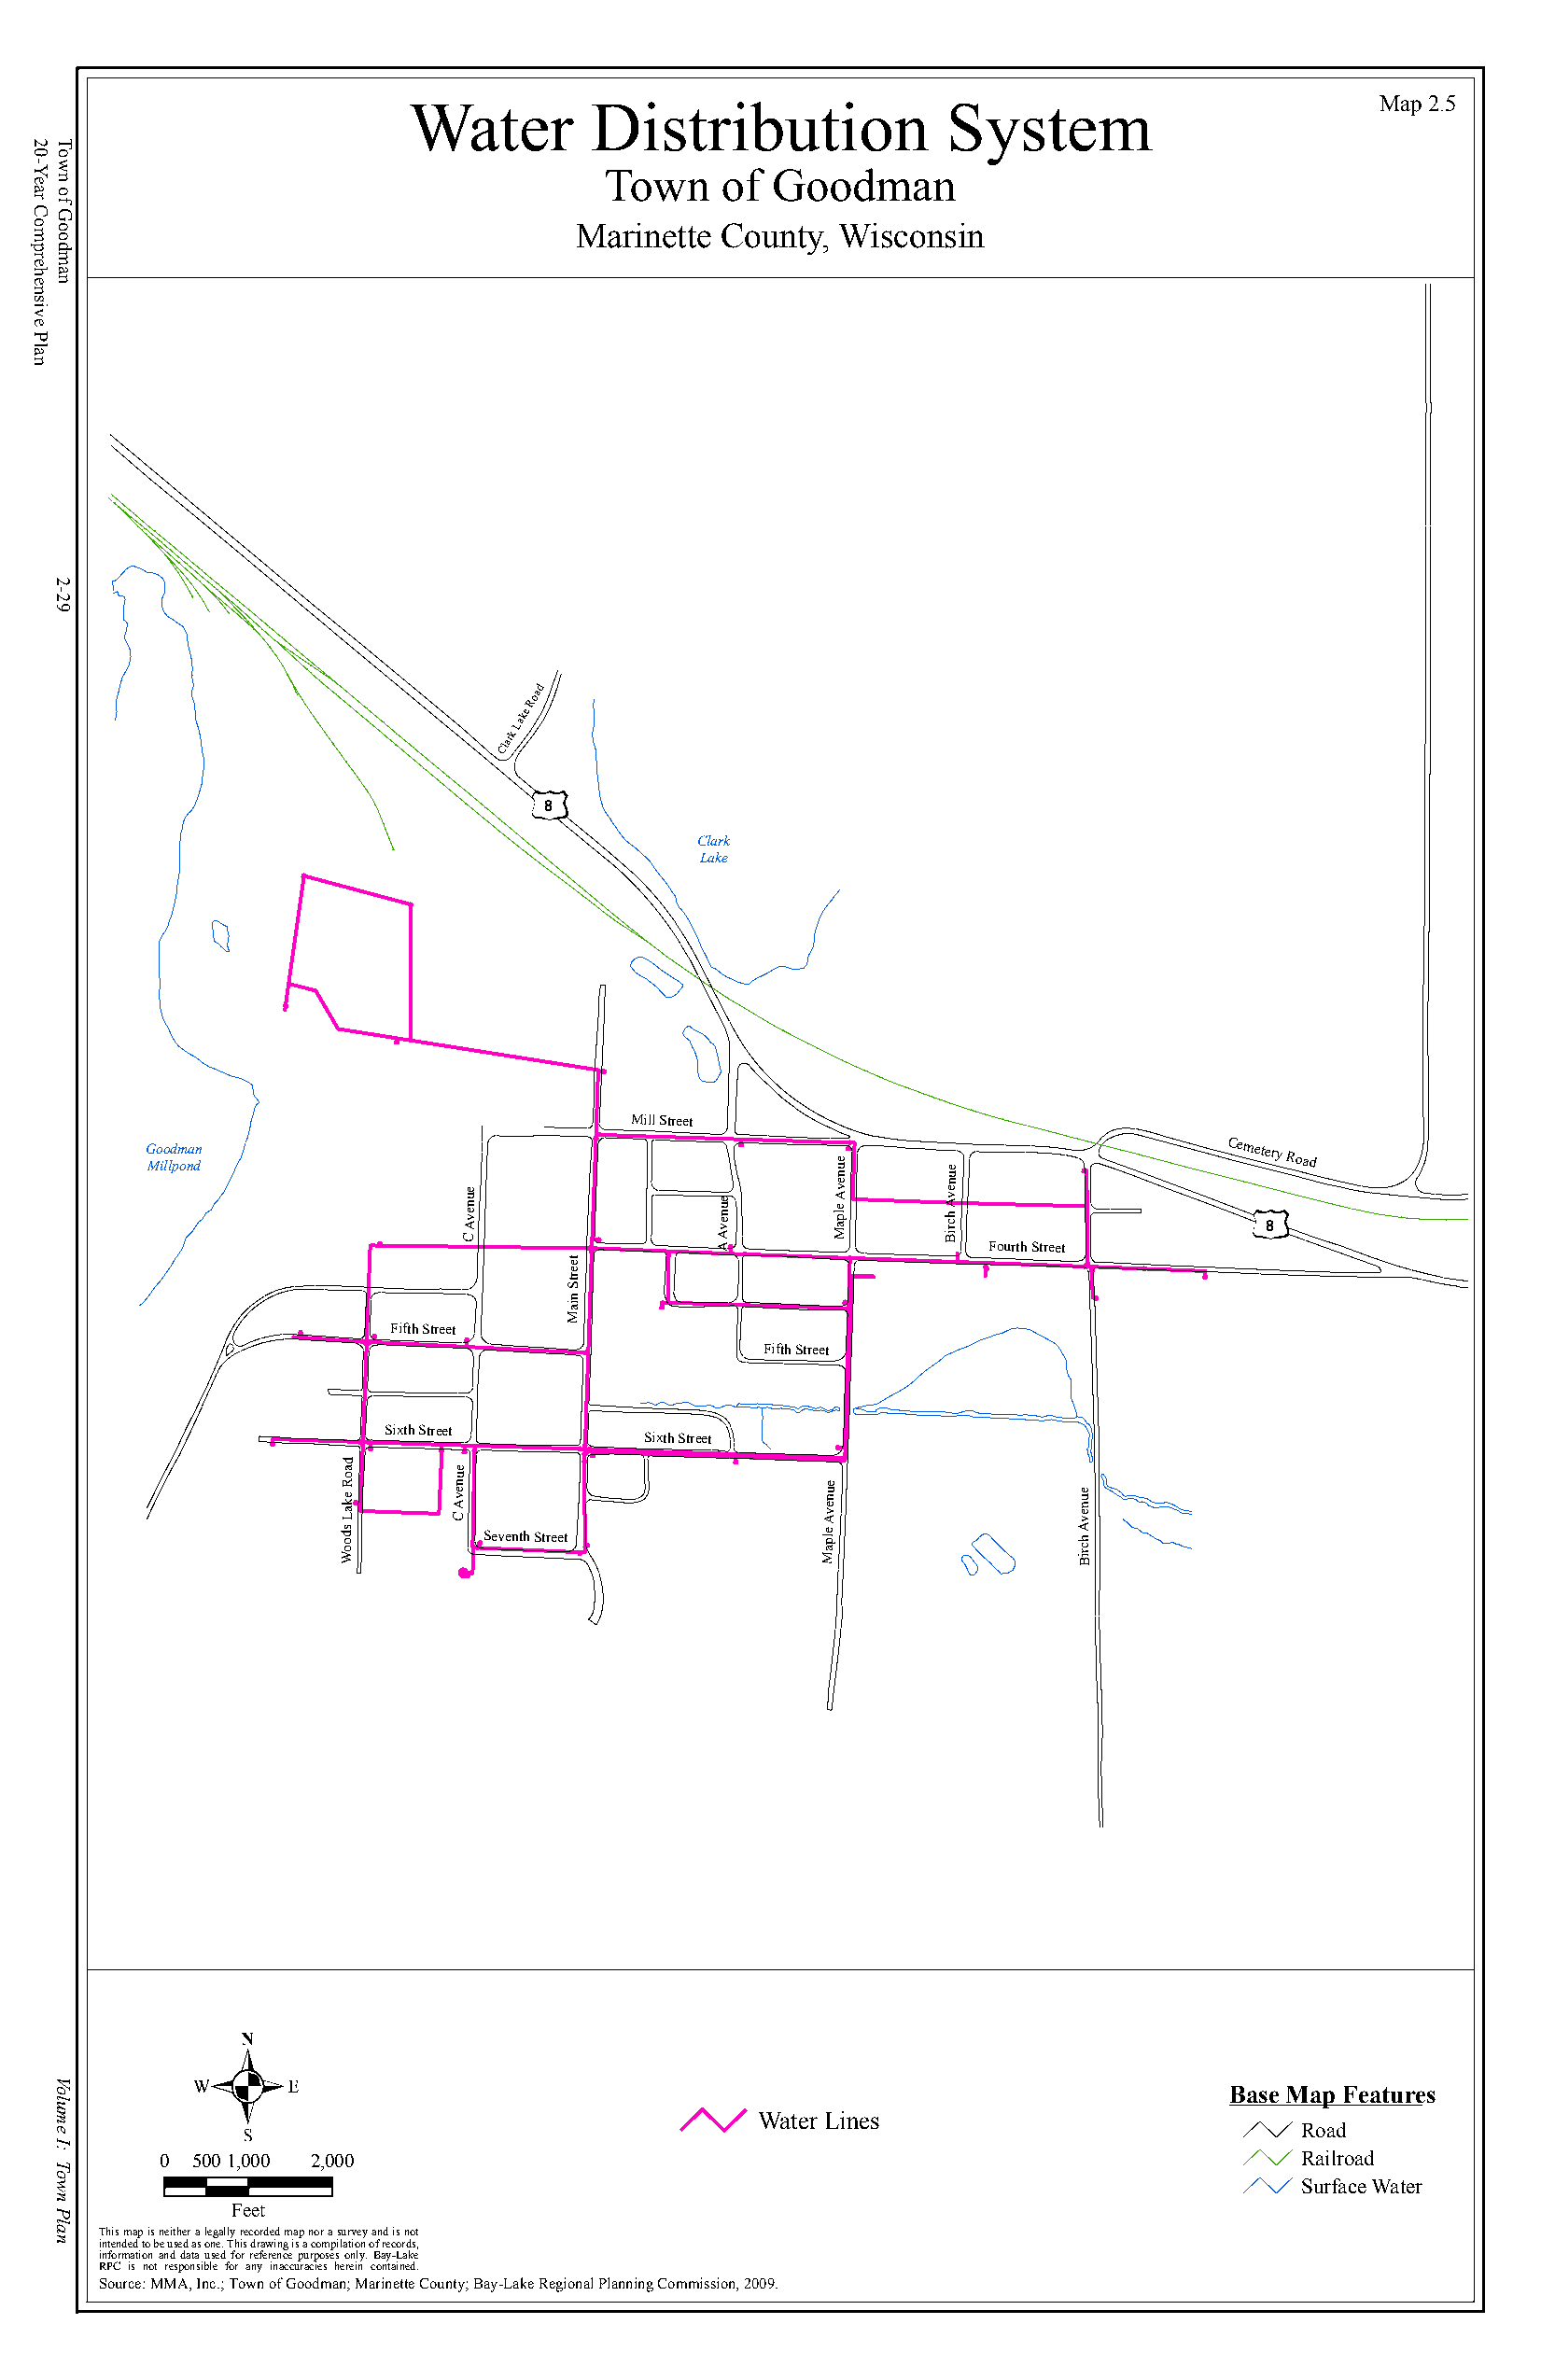
Map 2.5
 Water        Distribution             System
 Town    of  Goodman
 Marinette County, Wisconsin
 Road
 Clark
 Lake
 8
 Clark
 Lake
 Mill Street
 G Mo io lld pm ona dn
 nue
 ue
 Cemetery
 Road
 C
 Avenue
 A
 Avenue
 Maple
 Ave
 Birch
 Aven
 Fourth Street
 8
 et
 e
 Str
 n
 ai
 M
 Fifth Street
 Fifth Street
 Sixth Street
 Sixth Street
 d
 a       e
 o       u
 Woods
 Lake
 R
 C
 Aven
 Seventh Street          Maple
 Avenue
 e u
 n
 e v
 A h
 c
 riB
 Base Map Features
 Water Lines
 Road
 0  500 1,000 2,000                                                               Railroad
 Surface Water
 Feet
 This map is neither a legally recorded map nor a survey and is not
 intended to be used as one. This drawing is a compilation of records,
 information and data used for reference purposes only. Bay-Lake
 RPC is not responsible for any inaccuracies herein contained.
 Source: MMA, Inc.; Town of Goodman; Marinette County; Bay-Lake Regional Planning Commission, 2009.
 20-Year
 Comprehensive
 Plan
 Town
 of
 Goodman
 2-29
 Volume
 I:
 Town
 Plan